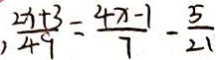
, \frac { 2 x + 3 } { 4 9 } = \frac { 4 x - 1 } { 7 } - \frac { 5 } { 2 1 }